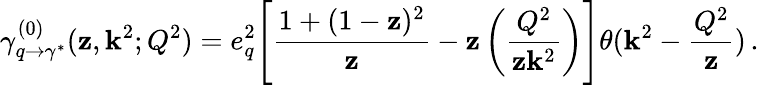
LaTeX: \gamma_{q\rightarrow\gamma^{*}}^{(0)}(\mathbf{z},\mathbf{k}^{2};Q^{2})=e_{q}^{2}\Bigg[\frac{{1+(1-\mathbf{z})^{2}}}{{\mathbf{z}}}-\mathbf{z}\left(\frac{{Q^{2}}}{{\mathbf{z}\mathbf{k}^{2}}}\right)\Bigg]\theta(\mathbf{k}^{2}-\frac{{Q^{2}}}{{\mathbf{z}}})\, .